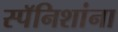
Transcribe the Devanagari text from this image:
स्पॅनिशांना